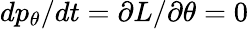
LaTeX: dp_{\theta}/dt=\partial L/\partial\theta=0